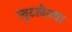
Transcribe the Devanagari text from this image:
लुटलेल्या